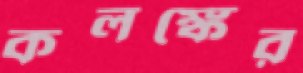
কলঙ্কের